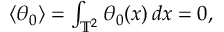
\begin{array} { r } { \langle \theta _ { 0 } \rangle = \int _ { \ensuremath { \mathbb { T } } ^ { 2 } } \theta _ { 0 } ( x ) \, d x = 0 , } \end{array}